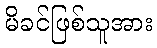
မိခင်ဖြစ်သူအား